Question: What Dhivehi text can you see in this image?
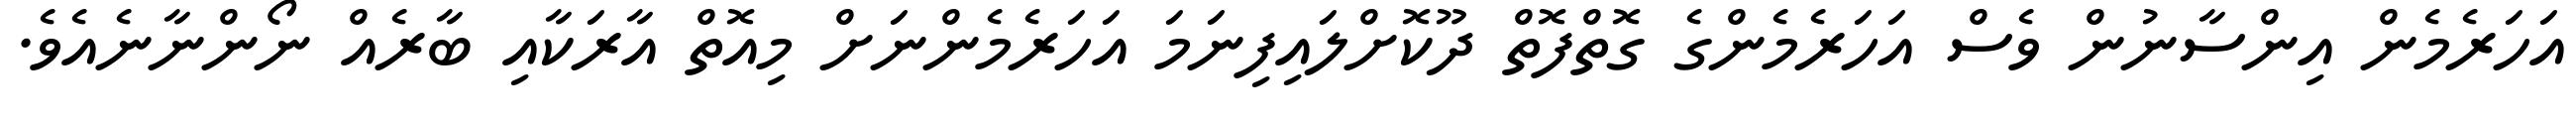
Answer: އަހަރެމެން އިންސާނުން ވެސް އަހަރެމެންގެ ގޮތްފޮތް ދޫކޮށްލައިފިނަމަ އަހަރެމެންނަށް މިއޮތް އާރަކާއި ބާރެއް ނޯންނާނެއެވެ.